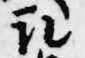
取